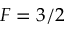
F = 3 / 2